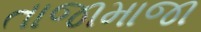
તાજામાજા